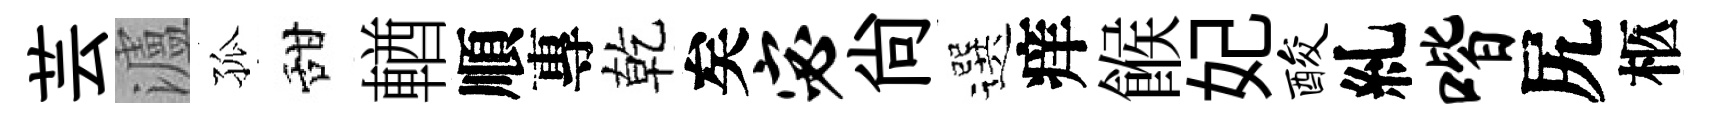
芸瀘孤甜輶順專乾矣宓尙選痒餱妃酸糺喈尻柩